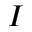
I